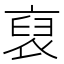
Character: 裒